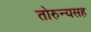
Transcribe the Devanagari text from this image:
तोरुन्यसह